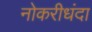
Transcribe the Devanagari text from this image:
नोकरीधंदा